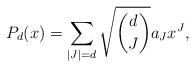
LaTeX: \begin{align*} P_d(x) = \sum_{|J| = d} \sqrt{ \binom{d}{J} } a_{J} x^J, \end{align*}